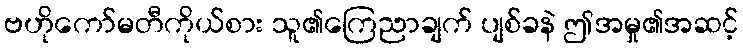
ဗဟိုကော်မတီကိုယ်စား သူ၏ကြေညာချက် ပျစ်ခနဲ ဤအမှု၏အဆင့်